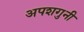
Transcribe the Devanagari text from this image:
अपशगुनी